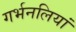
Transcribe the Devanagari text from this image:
गर्भनलियां